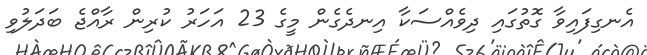
އެނގިފައިވާ ގޮތުގައި ދިވެއްސަކާ އިނދެެގެން މީގެ 23 އަހަރު ކުރިން ރާއްޖެ ބަދަލުވި